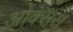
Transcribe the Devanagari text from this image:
ओक्सस